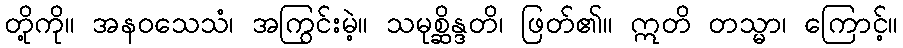
တို့ကို။ အနဝသေသံ၊ အကြွင်းမဲ့။ သမုစ္ဆိန္ဒတိ၊ ဖြတ်၏။ ဣတိ တသ္မာ၊ ကြောင့်။